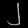
Digit: ၂